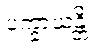
ပက္ခာယန္တိ